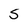
Character: S